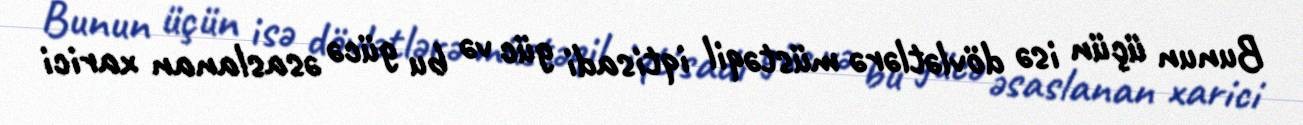
Bunun üçün isə dövlətlərə müstəqil iqtisadi güc və bu gücə əsaslanan xarici